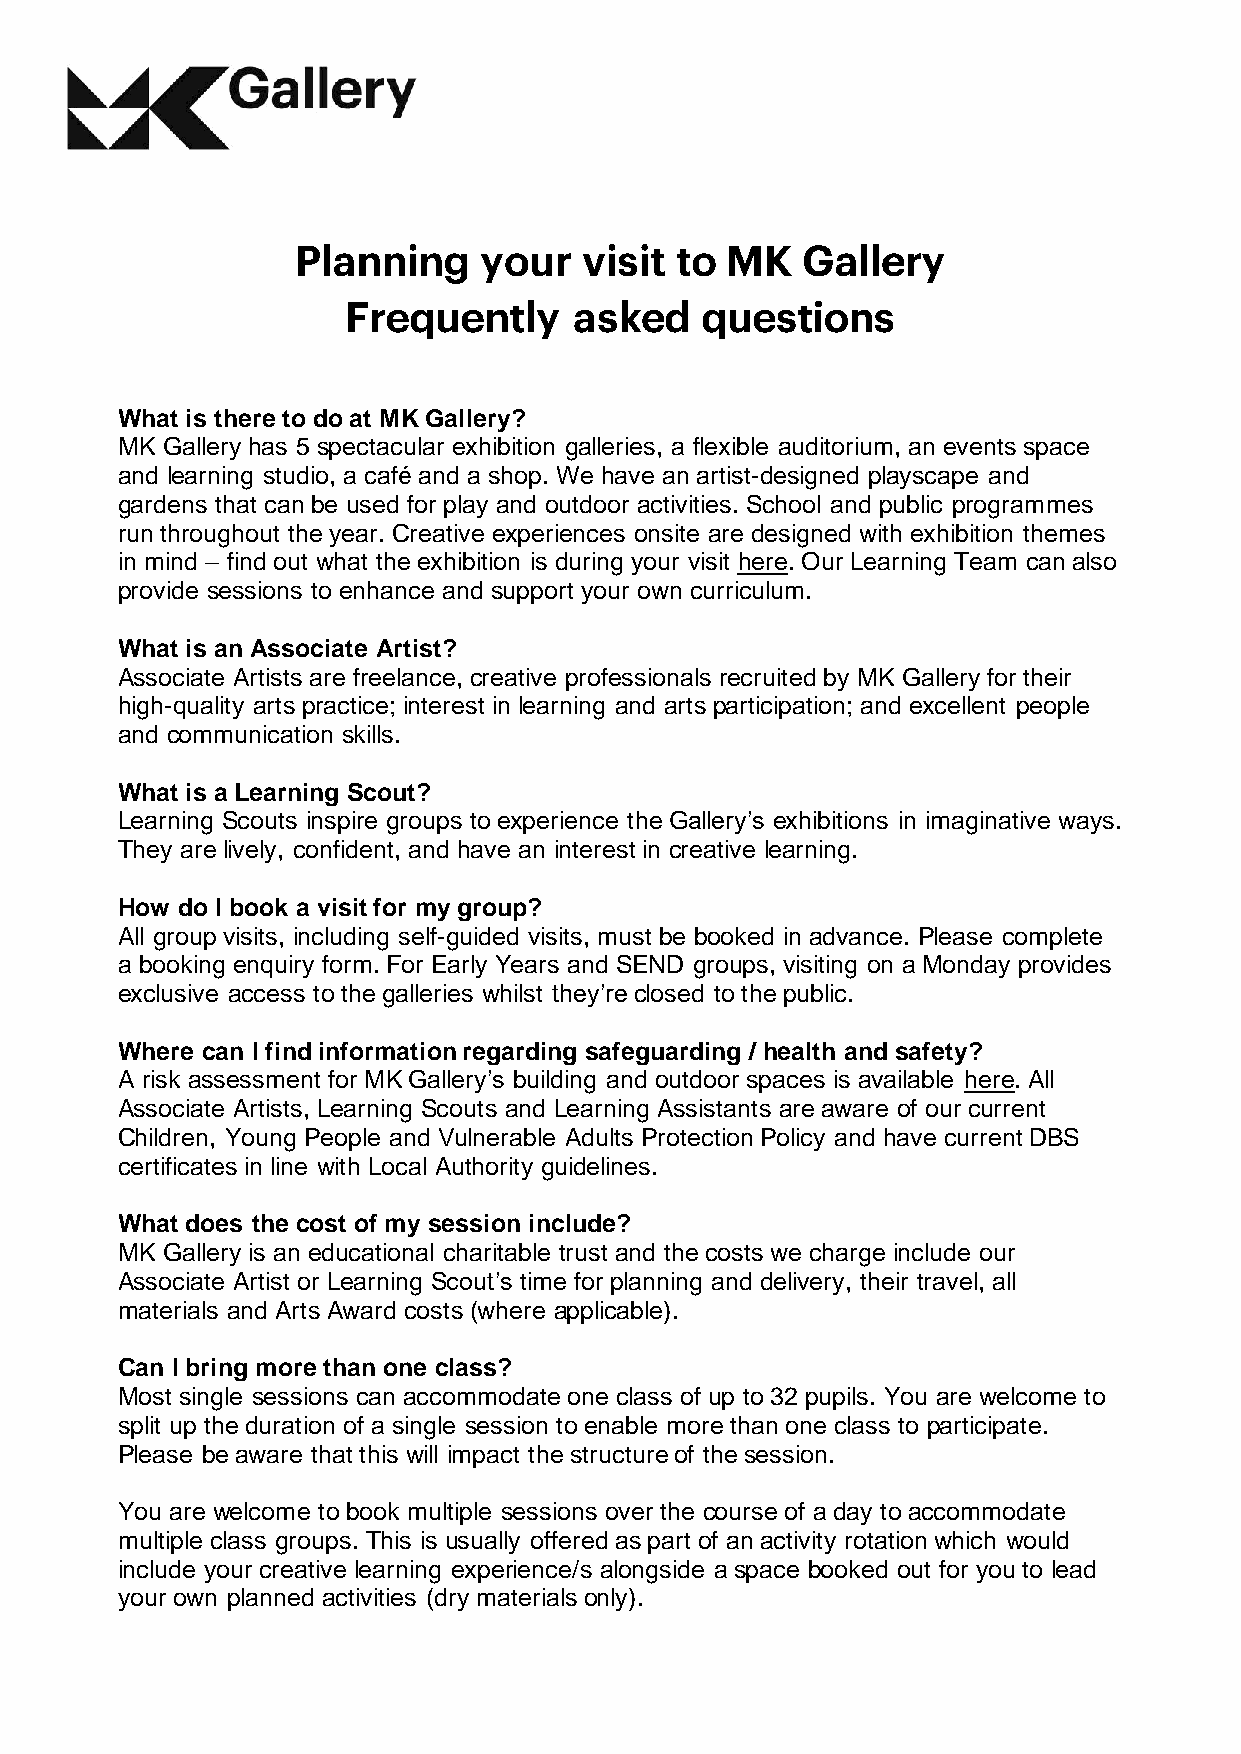
What is there to do at MK Gallery?
 MK Gallery has 5 spectacular exhibition galleries, a flexible auditorium, an events space
 and learning studio, a café and a shop. We have an artist-designed playscape and
 gardens that can be used for play and outdoor activities. School and public programmes
 run throughout the year. Creative experiences onsite are designed with exhibition themes
 in mind – find out what the exhibition is during your visit here. Our Learning Team can also
 provide sessions to enhance and support your own curriculum.
 What is an Associate Artist?
 Associate Artists are freelance, creative professionals recruited by MK Gallery for their
 high-quality arts practice; interest in learning and arts participation; and excellent people
 and communication skills.
 What is a Learning Scout?
 Learning Scouts inspire groups to experience the Gallery’s exhibitions in imaginative ways.
 They are lively, confident, and have an interest in creative learning.
 How do I book a visit for my group?
 All group visits, including self-guided visits, must be booked in advance. Please complete
 a booking enquiry form. For Early Years and SEND groups, visiting on a Monday provides
 exclusive access to the galleries whilst they’re closed to the public.
 Where can I find information regarding safeguarding / health and safety?
 A risk assessment for MK Gallery’s building and outdoor spaces is available here. All
 Associate Artists, Learning Scouts and Learning Assistants are aware of our current
 Children, Young People and Vulnerable Adults Protection Policy and have current DBS
 certificates in line with Local Authority guidelines.
 What does the cost of my session include?
 MK Gallery is an educational charitable trust and the costs we charge include our
 Associate Artist or Learning Scout’s time for planning and delivery, their travel, all
 materials and Arts Award costs (where applicable).
 Can I bring more than one class?
 Most single sessions can accommodate one class of up to 32 pupils. You are welcome to
 split up the duration of a single session to enable more than one class to participate.
 Please be aware that this will impact the structure of the session.
 You are welcome to book multiple sessions over the course of a day to accommodate
 multiple class groups. This is usually offered as part of an activity rotation which would
 include your creative learning experience/s alongside a space booked out for you to lead
 your own planned activities (dry materials only).